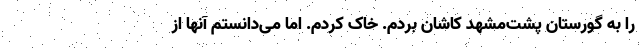
را به گورستان پشت‌مشهد کاشان بردم. خاک کردم. اما می‌دانستم آنها از